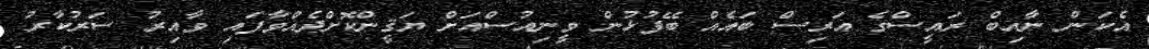
އެކަން ނާއިބް ރައީސްގެ އަރިސް ބައެއް ބޭފުޅުން ވީނިއުސްއަށް ޔަޤީންކޮށްދެއްވާފައި ވާއިރު ސަރުކާރު